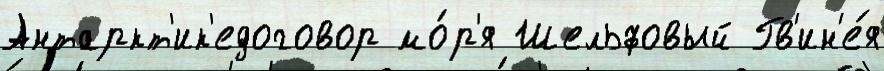
Антаркт'ик'едоговор мо́р'я Шельфовый Гв'ин'е́я